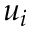
u _ { i }